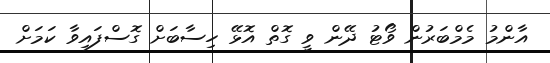
އާންމު މެމްބަރުން ވޯޓު ދޭން ވީ ގޮތް އޮޅޭ ހިސާބަށް ގޮސްފައިވާ ކަމަށް